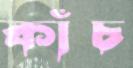
কাঁচ